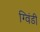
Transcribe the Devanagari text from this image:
ग्विंडी